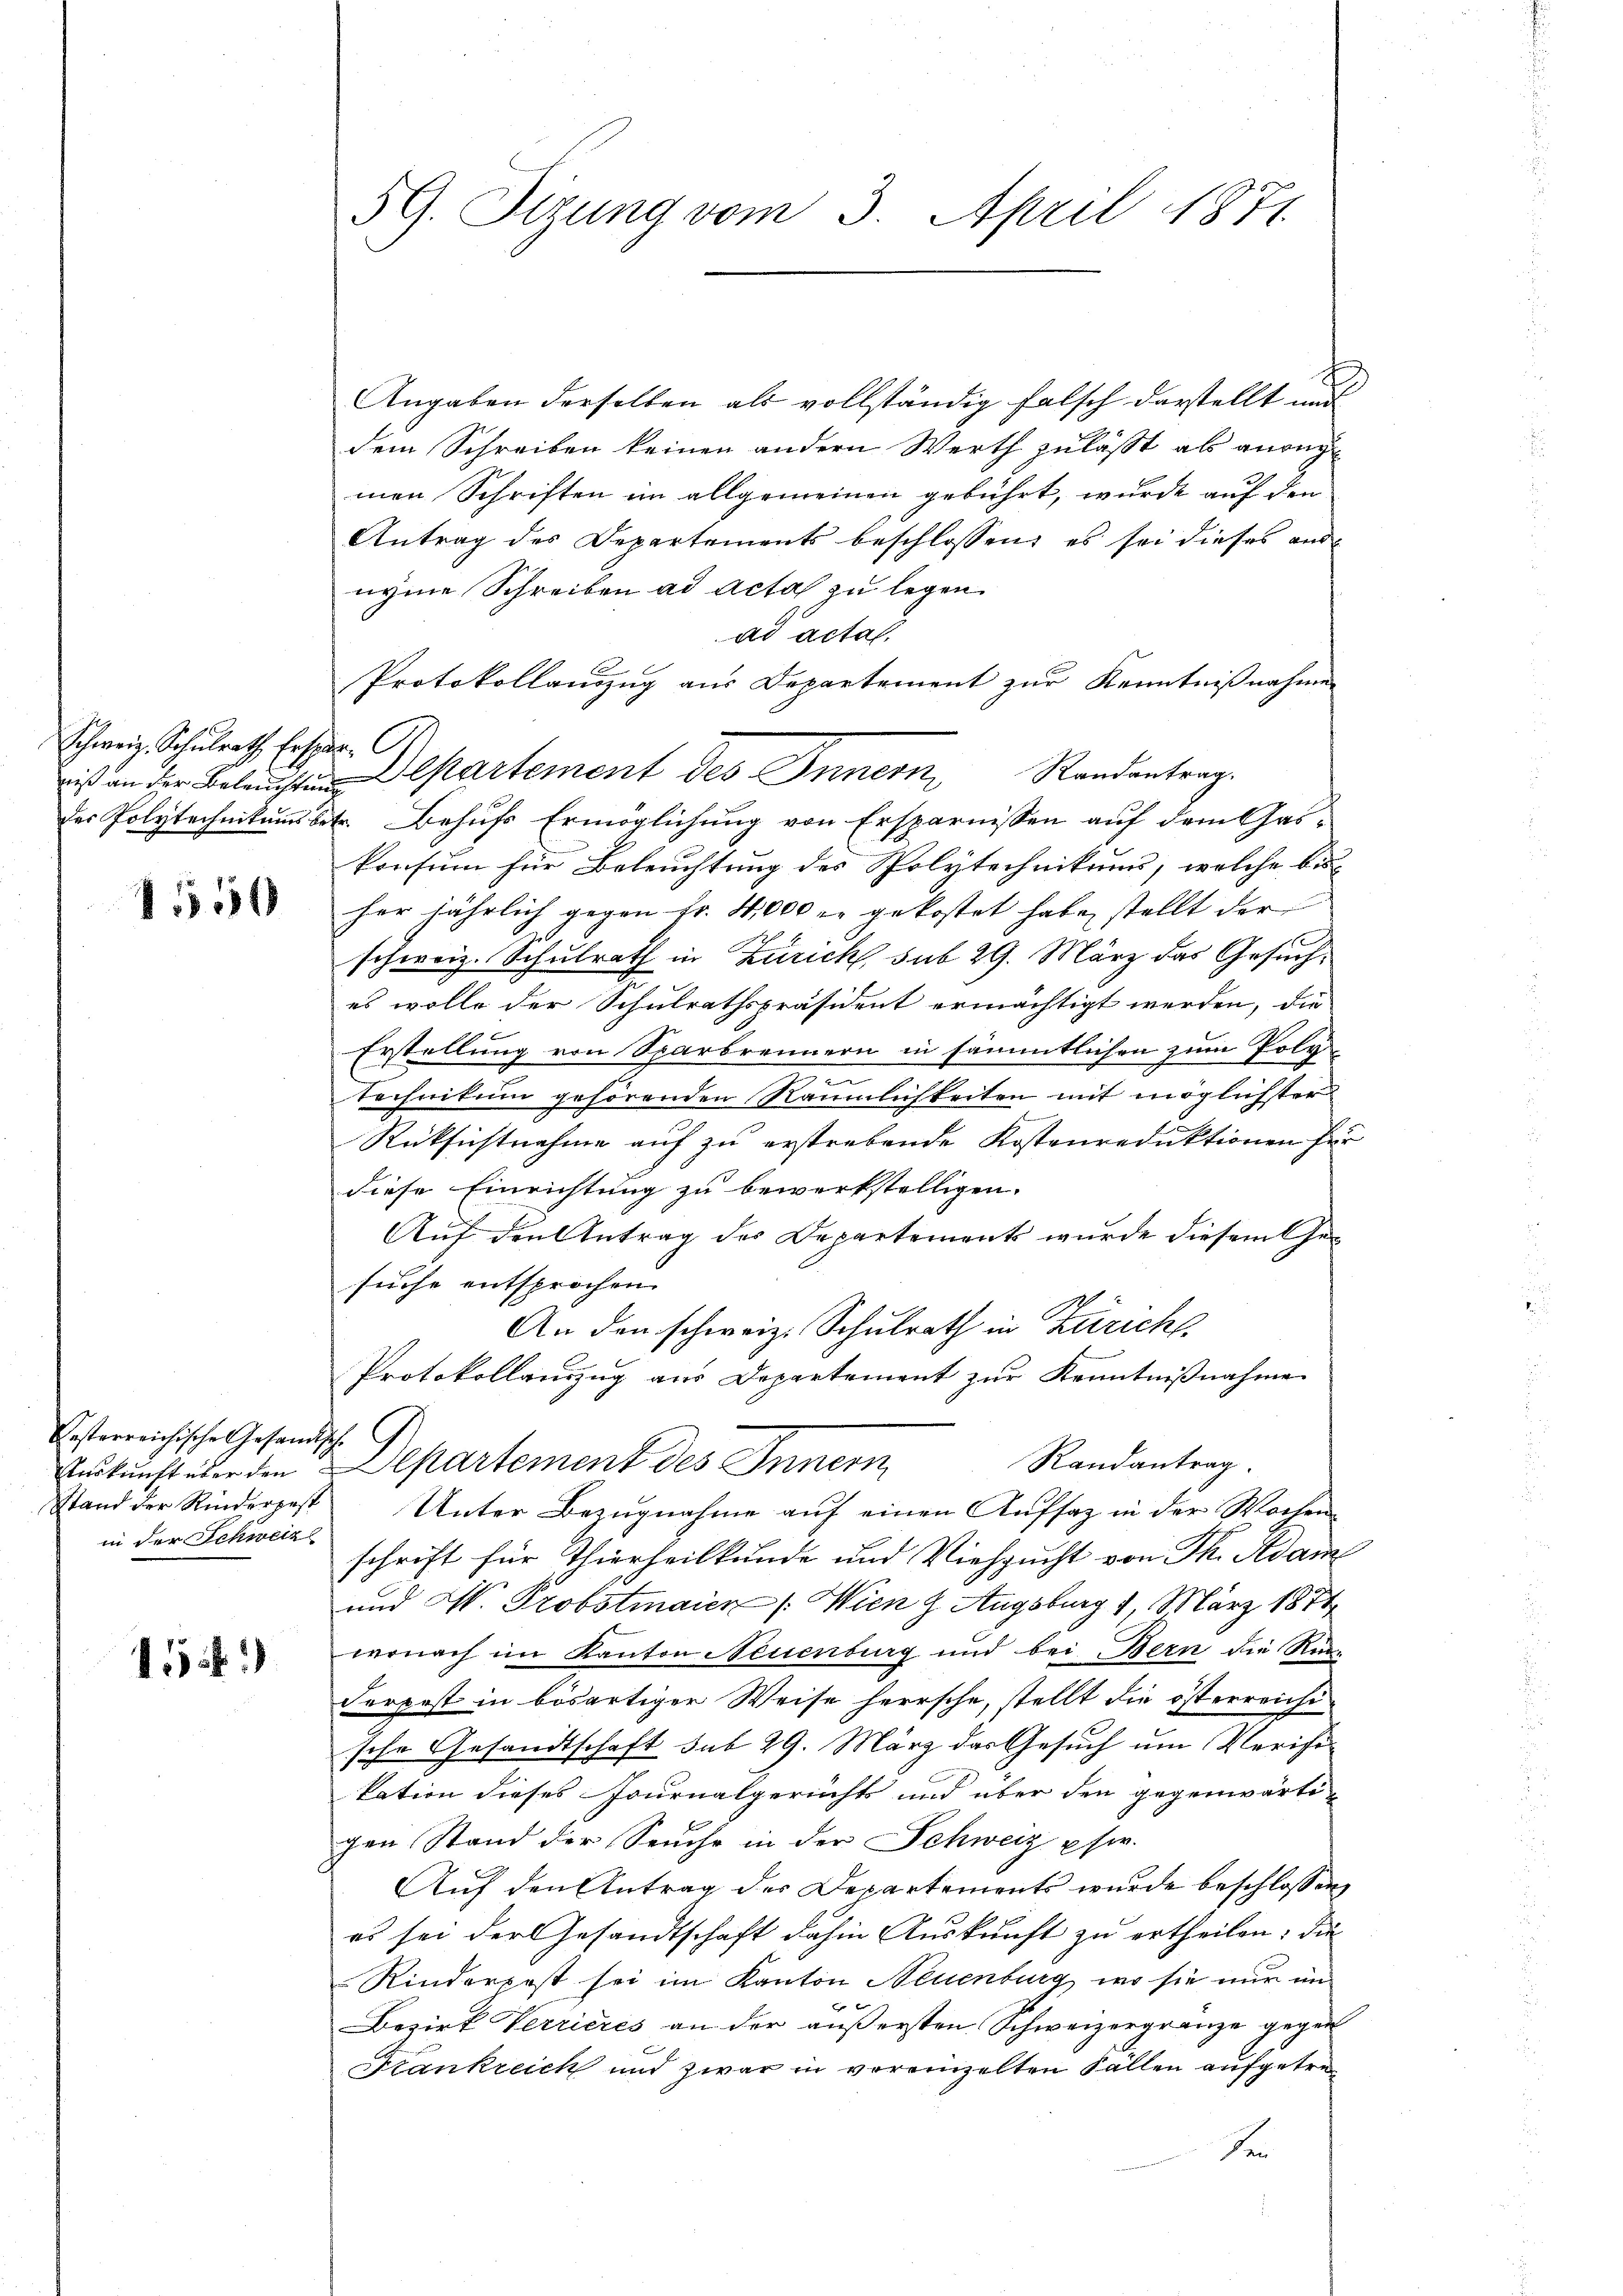
Schweiz. Schulrath Erspar C

154

Pestarreichische Gesandtsche
in der Schweiz

115 f.)

Angaben derselben als vollständig falsch darstellt und
dem Schreiben keinen andern Werth zulässt als anreg
men Schriften im allgemeinen gebührt, wurde auf den
Antrag des Departements beschlossen, es sei dieses and
nyme Schreiben ad acta zu legen.
ad acta.
Protokollauszug aus Departement zur Kenntnißnahme
ist an der Beleŭchtŭn Departement des Innern Randantrag.
der Polytechnikumsbetr. Behufs Ermöglichung von Ersparnissen auf dem Gas¬
Pensum für Beleuchtung des Polytechnikums, welche bis
her jährlich gegen Fr. 4000 er gekostet habe, stellt der
schweiz. Schulrath in Zürich, sub 29. März das Gesuches wolle der Schulrathspräsident ermächtigt werden, die
Erstellung von Sparbrennern in sämmtlichen zum Poly-
.
.
technikum gehörenden Räumlichkeiten mit möglichster
Rücksichtnahme auf zu erstrebende Kostenreduktionen hie
diese Einrichtung zu bewerkstelligen.
Auf den Antrag der Departement wurde diesem Gesuche entsprochen.
An den schweiz. Schulrath in Züricht,
Protokollauszug aus Departement zur Kenntnißnahme
Randantrag.
Auskunft über den Departement des Innern
Stand der Rinderpest Unter Bezŭgnahme aŭf einen Aŭfsaz in der Wochen-
schrift für Thierheilkunde und Viehzucht von Ph. Adame
und W. Probstmaier (Wien 9. Augsburg 1. März 1874
wonach im Kanton Neuenburg und bei Bern die Rinderpost in bösartiger Weise herrsche, stellt die österreichische Gesandtschaft sub 29. März das Gesuch um Verifitation dieses Journalgerichts und über den gegenwärti-
gen Stand der Seuche in der Schweiz user.
Auf den Antrag des Departements wurde beschlossen,
es sei der Gesandtschaft dahin Auskunft zu ertheilen; die
Rinderpost sei im Kanton Neuenburg, wo sie nur im
Bezirk Verrieres an der äußersten Schweizergränze gegen
Krankreich und zwar in vereinzelten Fällen aufgetre¬
Se

59. Sitzung vom 3. April 1871.